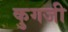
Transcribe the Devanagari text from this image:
कुगजी